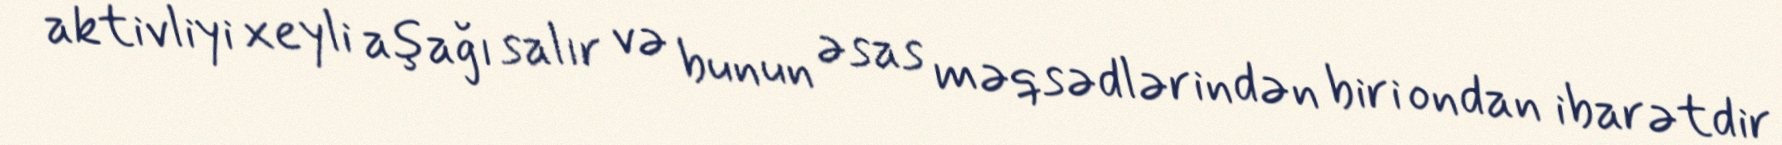
aktivliyi xeyli aşağı salır və bunun əsas məqsədlərindən biri ondan ibarətdir